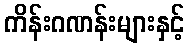
ကိန်းဂဏန်းများနှင့်